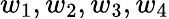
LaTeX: w_{1},w_{2},w_{3},w_{4}